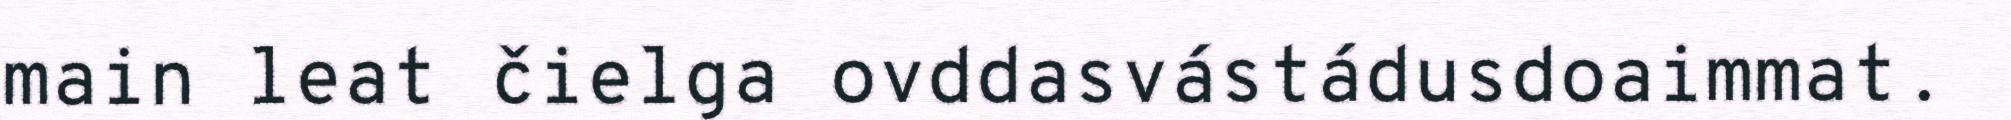
main leat čielga ovddasvástádusdoaimmat.